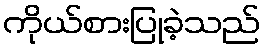
ကိုယ်စားပြုခဲ့သည်